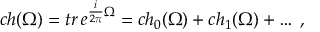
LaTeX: c h ( \Omega ) = t r \, e ^ { \frac { i } { 2 \pi } \Omega } = c h _ { 0 } ( \Omega ) + c h _ { 1 } ( \Omega ) + \ldots \; ,